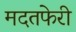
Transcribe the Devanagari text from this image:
मदतफेरी